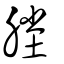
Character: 塍